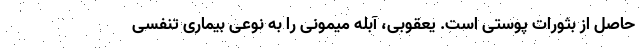
حاصل از بثورات پوستی است. یعقوبی، آبله میمونی را به نوعی بیماری تنفسی